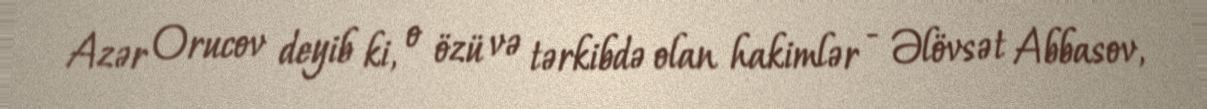
Azər Orucov deyib ki, o özü və tərkibdə olan hakimlər - Əlövsət Abbasov,